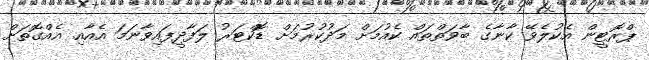
ޕްރޮޓީން އެކުލެވޭ ކާނާގެ ބާވަތްތައް ކެއުމަށް މަދުކުރުމަށް ޑޮކްޓަރު ލަފާދީފައިވާނަމަ އެއާއި އެއްގޮތަށް